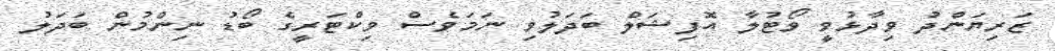
ޒަރިޔަންދު ވިދާޅުވީ ވޯޓުލާ އޮފިޝަލް ބަދަލުވި ނަމަވެސް ވިކްޓަރީގެ ބޯޑު ނިންމުން ބަދަލު